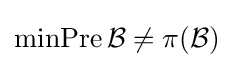
\operatorname {minPre} {\mathcal {B}}\neq \pi ({\mathcal {B}})